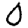
Digit: 0